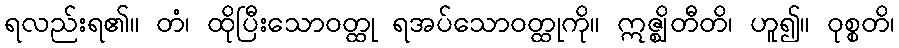
ရလည်းရ၏။ တံ၊ ထိုပြီးသောဝတ္ထု ရအပ်သောဝတ္ထုကို။ ဣဇ္ဈိတီတိ၊ ဟူ၍။ ဝုစ္စတိ၊